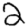
Digit: 2